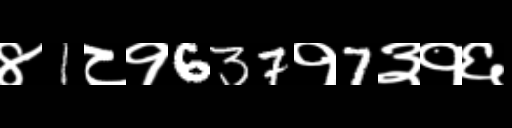
Text: ४1८१637१7३१६